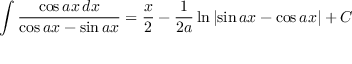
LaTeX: \int { \frac { \cos a x \, d x } { \cos a x - \sin a x } } = { \frac { x } { 2 } } - { \frac { 1 } { 2 a } } \ln \left| \sin a x - \cos a x \right| + C